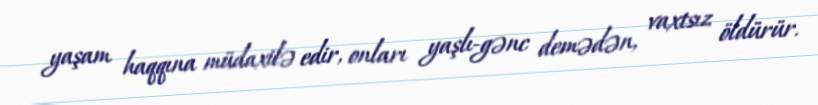
yaşam haqqına müdaxilə edir, onları yaşlı-gənc demədən, vaxtsız öldürür.